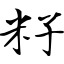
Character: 籽